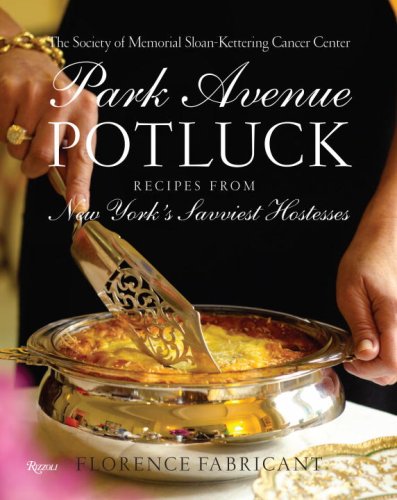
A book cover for Park Avenue Potluck: Recipes from New York's Savviest Hostesses; The Society of Memorial Sloan Kettering; Cookbooks, Food & Wine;